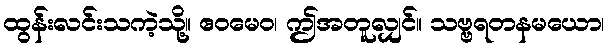
ထွန်းလင်းသကဲ့သို့။ ဧဝမေဝ၊ ဤအတူလျှင်။ သဗ္ဗရတနမယော၊